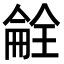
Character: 𫣝